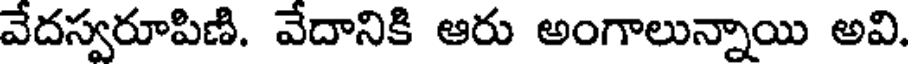
వేదస్వరూపిణి. వేదానికి ఆరు అంగాలున్నాయి అవి.